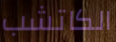
الكاتشب